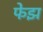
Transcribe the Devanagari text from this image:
फेझ